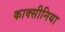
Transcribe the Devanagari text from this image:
काक्सीनिया